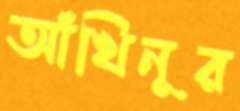
আঁখিনূর